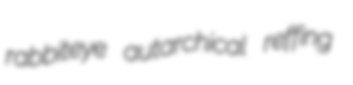
rabbiteye autarchical reffing